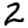
Digit: 2